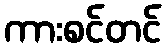
ကားစင်တင်